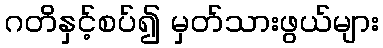
ဂတိနှင့်စပ်၍ မှတ်သားဖွယ်များ